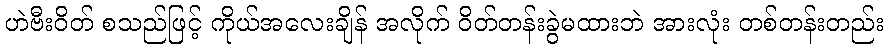
ဟဲဗီးဝိတ် စသည်ဖြင့် ကိုယ်အလေးချိန် အလိုက် ဝိတ်တန်းခွဲမထားဘဲ အားလုံး တစ်တန်းတည်း